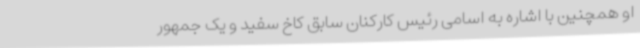
او همچنین با اشاره به اسامی رئیس کارکنان سابق کاخ سفید و یک جمهور